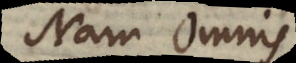
Nam omnis